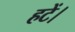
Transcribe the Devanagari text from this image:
हटें।